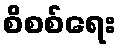
စိစစ်ရေး